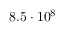
8 . 5 \cdot 1 0 ^ { 8 }